画像に写った文字を読んでください
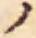
「ノ」と書いてあります